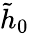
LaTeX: \tilde{h}_{0}